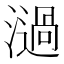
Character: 濄